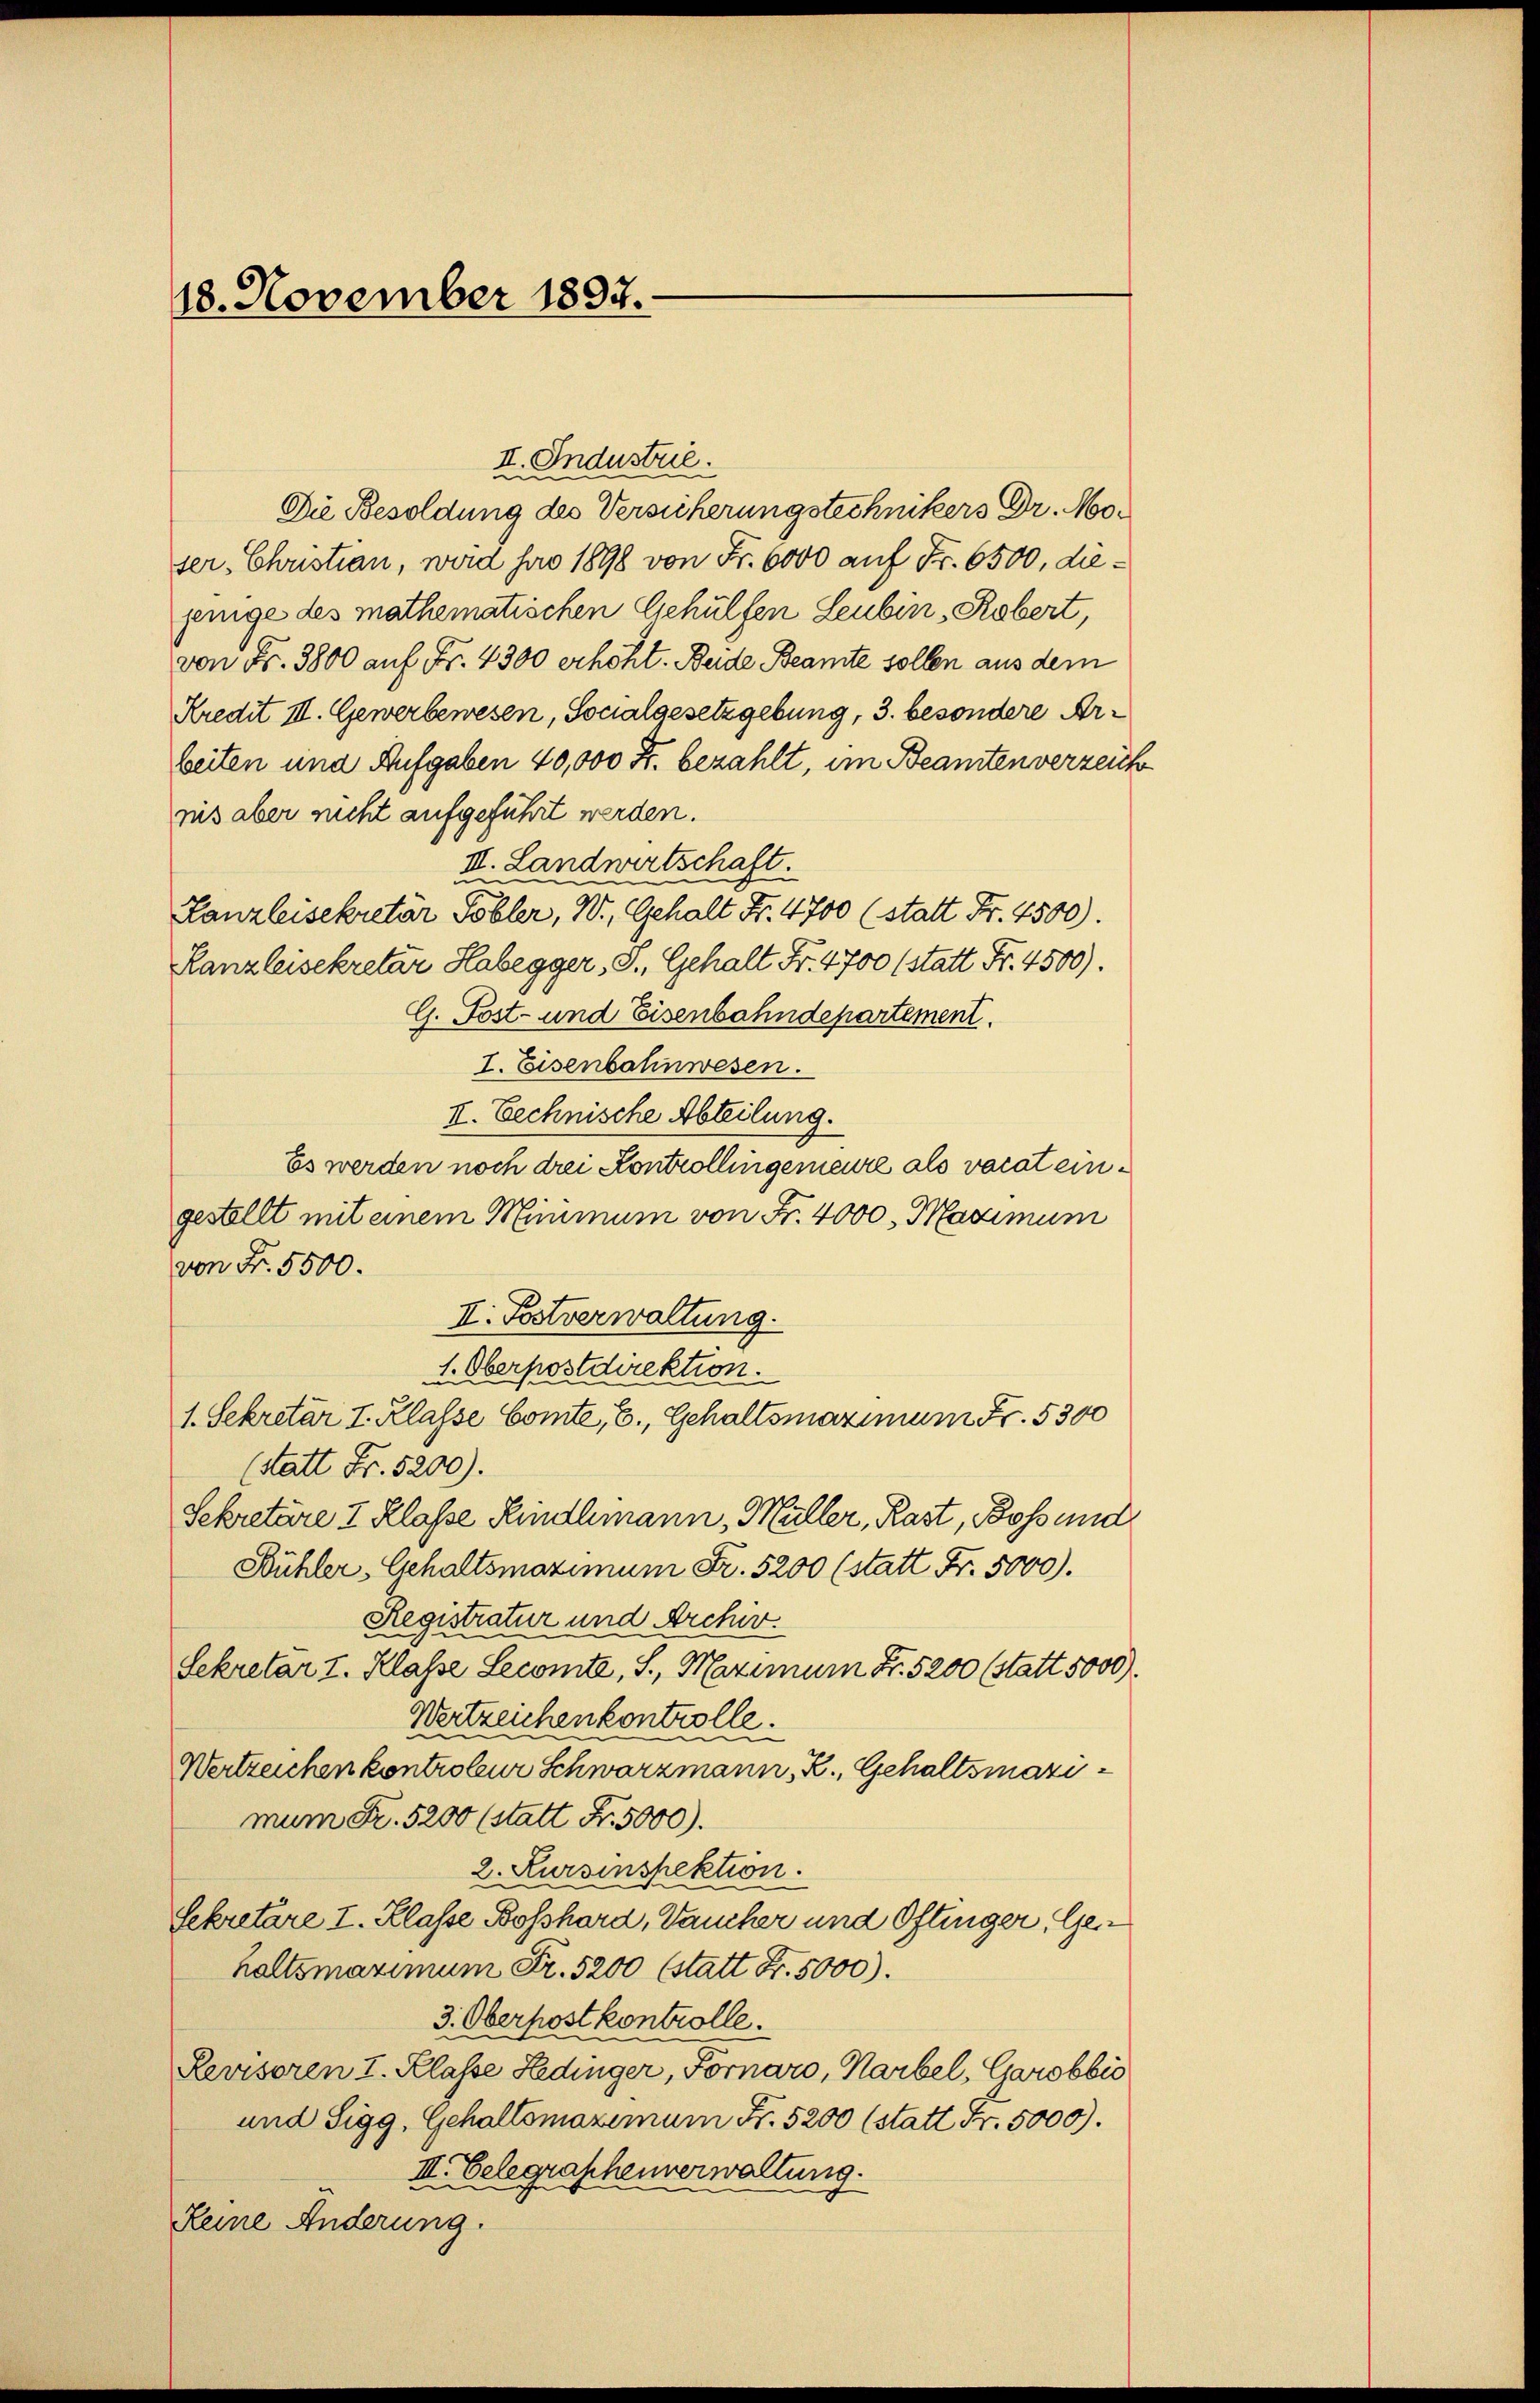
18. November 1897.

II. Industrie.
Die Besoldung des Versicherungstechnikers Dr. Moser, Christian, wird pro 1898 von Fr. 6000 auf Fr. 6500, diejenige des mathematischen Gehülfen Leubin, Robert,
von Fr. 3800 auf Fr. 4300 erhöht. Beide Beamte sollen aus dem
Kredit III. Gewerbewesen, Socialgesetzgebung, 3. besondere Arbeiten und Aufgaben 40,000 Fr. bezahlt, im Beamten verzeich
nis aber nicht aufgeführt werden.
III. Landwirtschaft.
Kanzleisekretär Tobler, W., Gehalt Fr. 4700 (statt Fr. 4500).
Kanzleisekretär Habegger,S., Gehalt Fr. 4700 (statt Fr. 4500).
G. Post- und Eisenbahndepartement.
I. Eisenbahnwesen.
II. Rechnische Abteilung.
Es werden noch drei Kontrollingemeure als vocat eingestellt mit einem Minimum von Fr. 4000. Maximum
von Fr. 5500.
II. Postverwaltung.
1. Oberpostdirektion.
1. Sekretär I. Klasse Comte, C. Gehaltsmaximum Fr. 5300
(statt Fr. 5200).
Sekretäre I Klasse Kindhmann, Müller, Rast, Boss und
Bühler, Gehaltsmaximum Fr. 5200 (statt Fr. 5000).
Registratur und Archiv.
Sekretär I. Klasse Secomite, S. Maximum Fr. 5200 (statt 5000)
Wertzeichenkontrolle.
Wertreichen kontroleur Schwarzmann, R., Gehaltsmazimum Fr. 5200 (statt Fr. 5000).
2. Kursinspektion.
Sekretäre I. Klasse Boßhard, aucher und Oftinger, Gen
haltsmaximum Fr. 5200 (statt Fr. 5000).
3. Oberpost kontrolle.
Revisoren I. Klasse Hedinger, Fornaro, Narbel, Garobbio
und Sigg, Gehaltsmaximum Fr. 5200 (statt Fr. 5000).
III. Belegraschenverwaltung.
Keine Änderung.